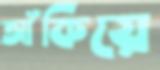
আঁকিয়ে